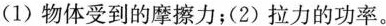
(1)物体受到的摩擦力；(2)拉力的功率。